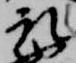
取